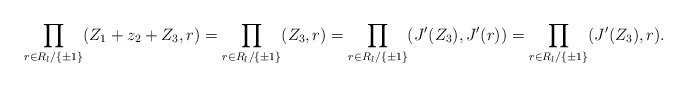
\begin{align*}\prod_{r \in R_l/\{\pm 1\}} (Z_1 + z_2 + Z_3, r)= \prod_{r \in R_l/\{\pm 1\}} (Z_3, r) = \prod_{r \in R_l/\{\pm 1\}} (J'(Z_3), J'(r)) = \prod_{r \in R_l/\{\pm 1\}} (J'(Z_3), r).\end{align*}